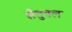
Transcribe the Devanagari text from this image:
सेतुबल